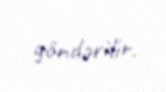
göndərilir.